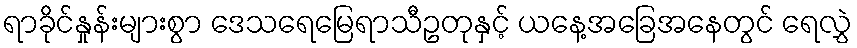
ရာခိုင်နှုန်းများစွာ ဒေသရေမြေရာသီဥတုနှင့် ယနေ့အခြေအနေတွင် ရေလွှဲ